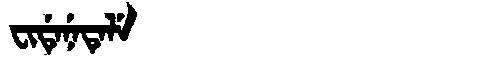
Manchu: ᠸᡳᡩᡝᠨᡝᡨᡝᠯᡝ
Romanization: FIDENETELE